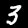
Label: 3